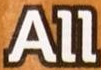
All